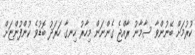
ކުރުމަށް ބޭނުންވާ ސާމާނު ރާއްޖެ ގެންނަން މިހާރު ހިނގާ ހަރަދު ބޮޑުވެ ކުންފުންޏަށް